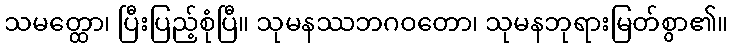
သမတ္ထော၊ ပြီးပြည့်စုံပြီ။ သုမနဿဘဂဝတော၊ သုမနဘုရားမြတ်စွာ၏။